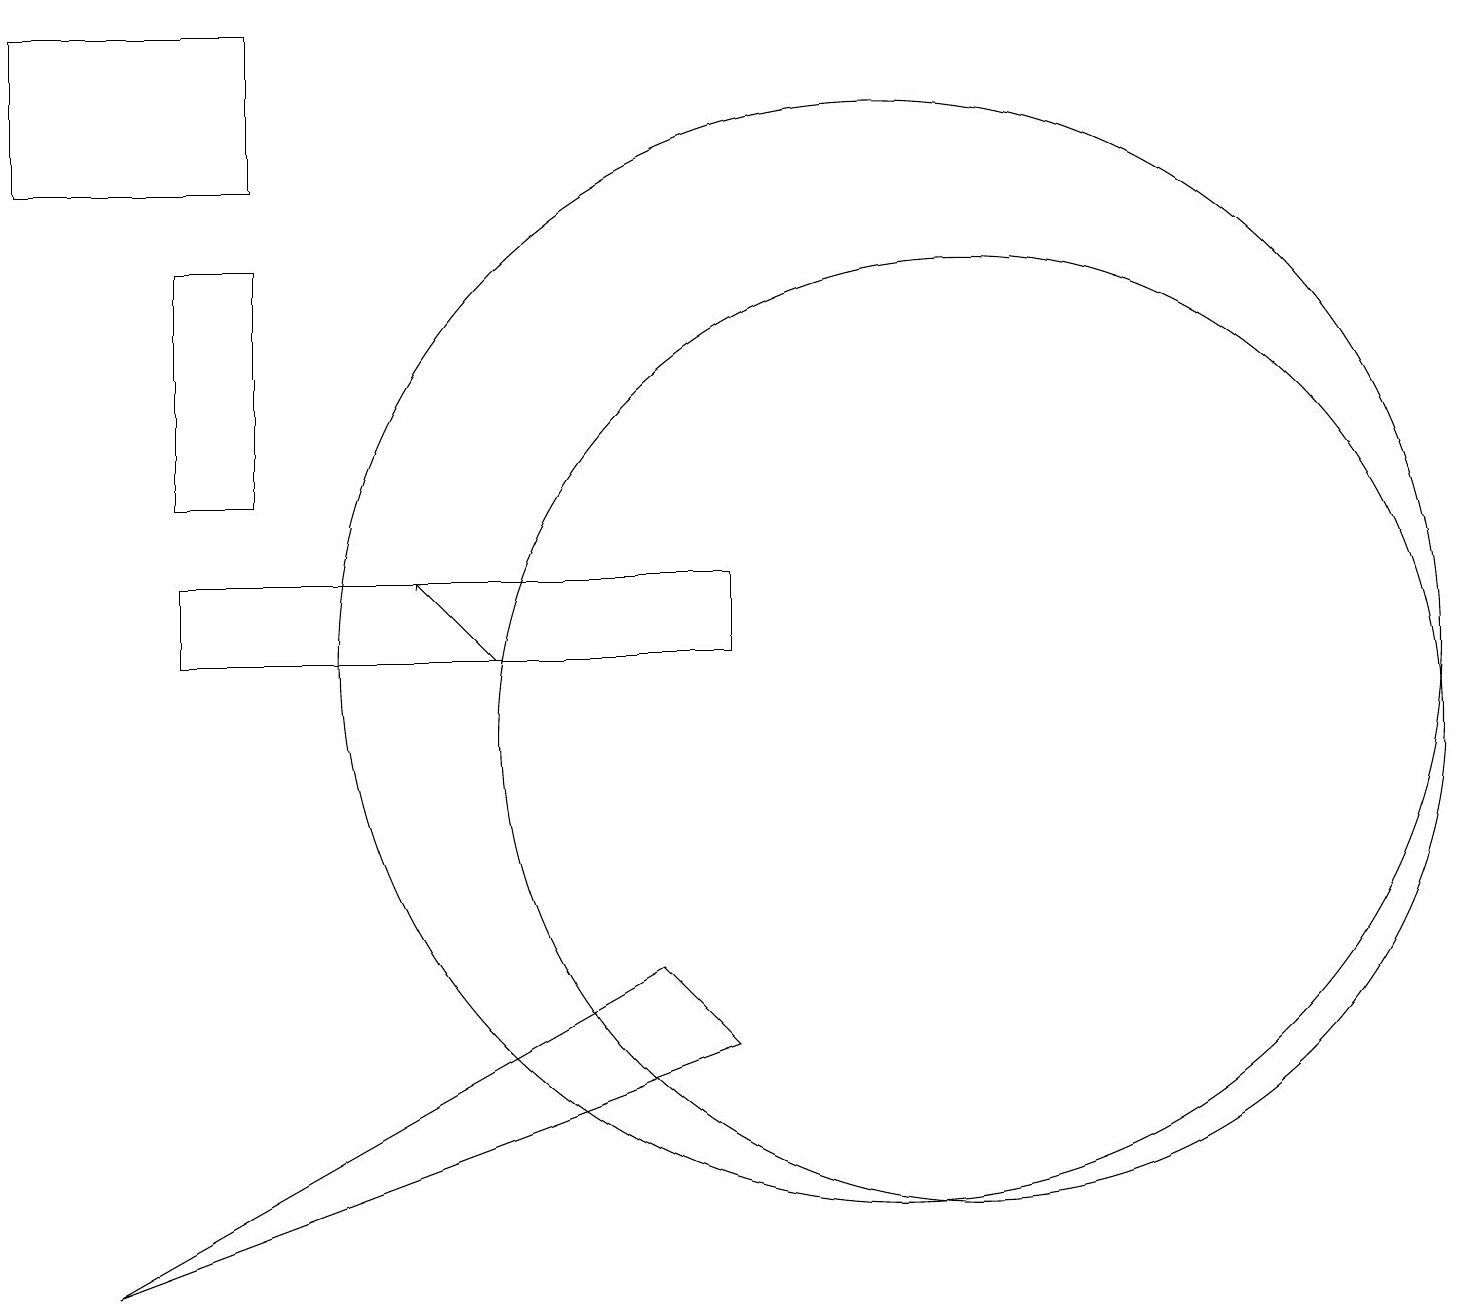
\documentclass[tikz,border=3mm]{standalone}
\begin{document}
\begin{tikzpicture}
\draw (9,6) -- (8,7) -- (1,3) -- cycle;
\draw (2,11) rectangle (9,12);
\draw (11,11) circle (7);
\draw (3,16) rectangle (2,13);
\draw (3,17) rectangle (0,19);
\draw[->] (6,11) -- (5,12);
\draw (12,10) circle (6);
\draw (10,11) circle (0);
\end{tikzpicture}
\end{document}